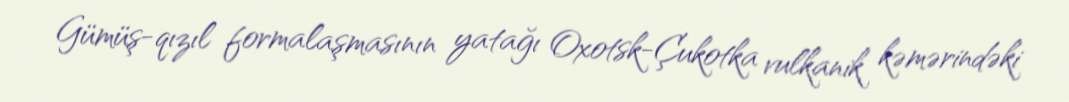
Gümüş-qızıl formalaşmasının yatağı Oxotsk-Çukotka vulkanik kəmərindəki